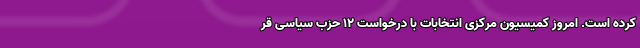
کرده است. امروز کمیسیون مرکزی انتخابات با درخواست ۱۲ حزب سیاسی قر